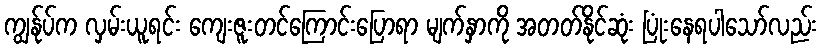
ကျွန်ုပ်က လှမ်းယူရင်း ကျေးဇူးတင်ကြောင်းပြောရာ မျက်နှာကို အတတ်နိုင်ဆုံး ပြုံးနေရပါသော်လည်း